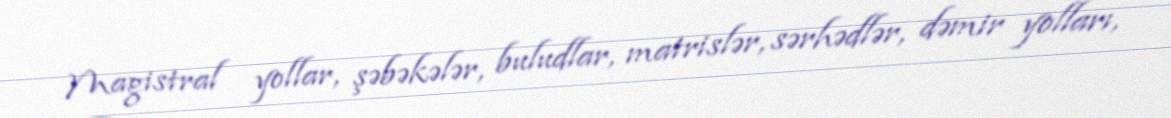
Magistral yollar, şəbəkələr, buludlar, matrislər, sərhədlər, dəmir yolları,